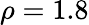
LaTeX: \rho=1.8